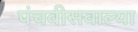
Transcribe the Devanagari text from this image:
पंचवीसवाल्या